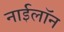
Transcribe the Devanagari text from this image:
नाईलॉन